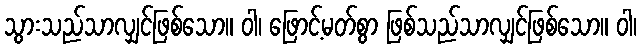
သွားသည်သာလျှင်ဖြစ်သော။ ဝါ၊ ဖြောင့်မတ်စွာ ဖြစ်သည်သာလျှင်ဖြစ်သော။ ဝါ၊